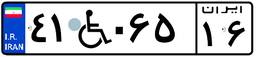
۴۱W۰۶۵۱۶